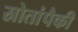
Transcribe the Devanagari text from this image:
स्रोतांपैकी